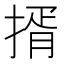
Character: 揟